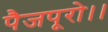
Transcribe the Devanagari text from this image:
पैजपूरो।।